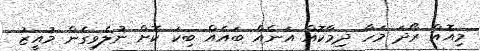
މިއޮއް ރޯދަ މަހާ ދިމާކޮއް އަނެއް ބައެއް ބިކަ ކޮށް ނުލެވިގެން މުއީޒު